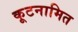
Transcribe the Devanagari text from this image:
कूटनामित